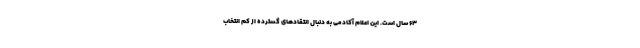
63 سال است. این اعلامِ آکادمی به دنبال انتقادهای گسترده از کم انتخاب